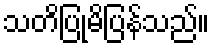
သတိပြုမိပြန်သည်။